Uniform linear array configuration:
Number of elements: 16
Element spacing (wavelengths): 0.5
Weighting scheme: exponential
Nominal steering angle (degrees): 15
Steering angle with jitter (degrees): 15.177
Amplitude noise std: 0.05
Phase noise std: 0.05

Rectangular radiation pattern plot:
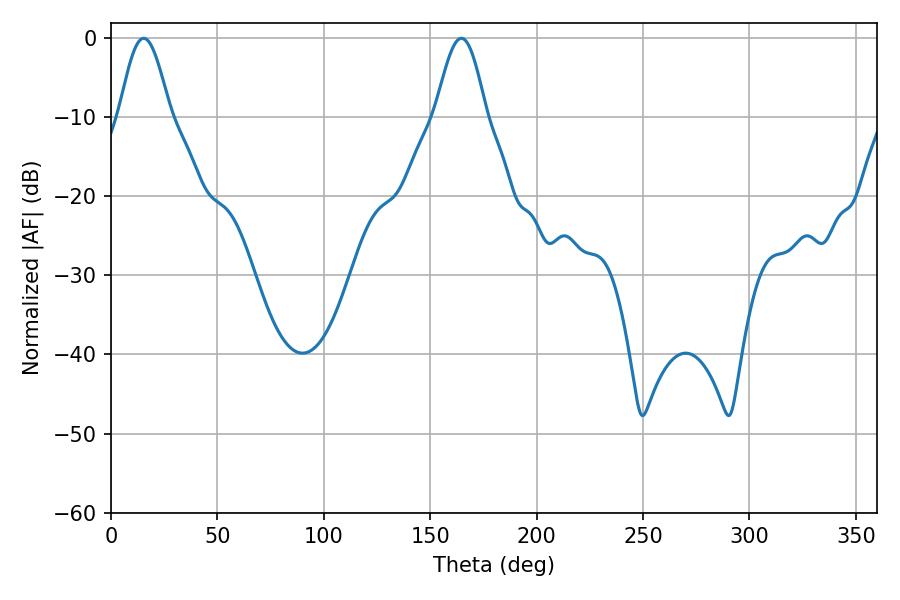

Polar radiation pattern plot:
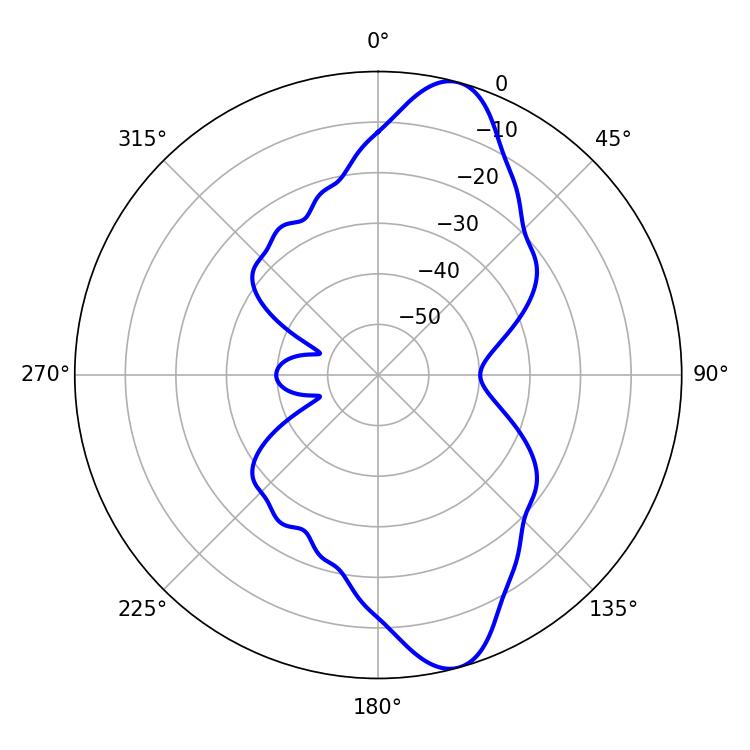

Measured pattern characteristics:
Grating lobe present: FALSE
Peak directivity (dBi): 11.397
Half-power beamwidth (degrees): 12.78
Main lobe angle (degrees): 15.3